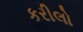
કરીલો